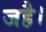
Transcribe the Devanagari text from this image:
जहै।